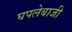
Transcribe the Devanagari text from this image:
घपलेबाजी